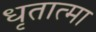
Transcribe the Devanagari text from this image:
धृतात्मा